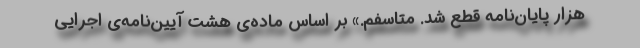
هزار پایان‌نامه قطع شد. متاسفم.» بر اساس ماده‌ی هشت آیین‌نامه‌ی اجرایی